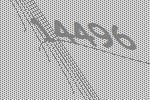
14496